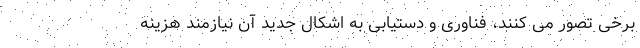
برخی تصور می کنند، فناوری و دستیابی به اشکال جدید آن نیازمند هزینه